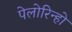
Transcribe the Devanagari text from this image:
पेलोरिन्हो